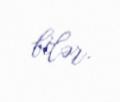
bilər.